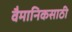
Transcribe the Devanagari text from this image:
वैमानिकसाठी